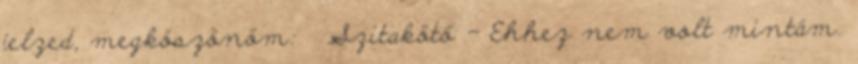
jelzed, megköszönöm: Szitakötő - Ehhez nem volt mintám.